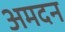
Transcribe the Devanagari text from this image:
अमदन